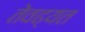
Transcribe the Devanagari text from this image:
तेवढ्यत